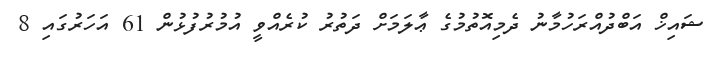
ޝައިޚް އަބްދުއްރަހުމާނު ދެމިއޮތުމުގެ ޢާލަމަށް ދަތުރު ކުރެއްވީ އުމުރުފުޅުން 61 އަހަރުގައި 8